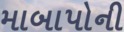
માબાપોની